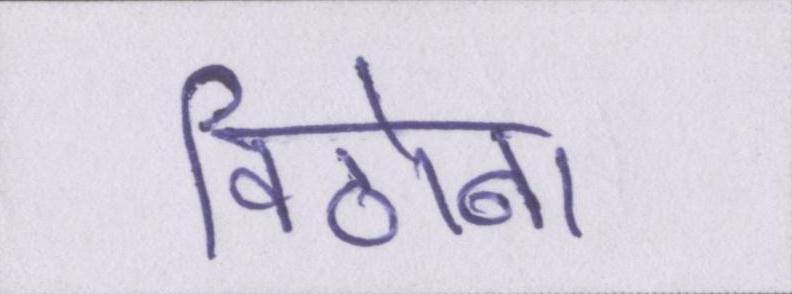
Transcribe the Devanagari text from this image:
विठोबा